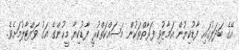
އޭގެ ބަދަލުގައި ފާޑުކިޔުން އަމާޒުވި ފަރާތްތަކުން މަސައްކަތްކުރީ ފާޑުކިޔާ މީހުންގެ އަގު ވައްޓާލުމަށެވެ.